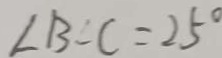
\angle B - C = 2 5 ^ { \circ }